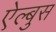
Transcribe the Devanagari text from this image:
ऐल्बुस